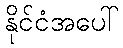
နိုင်ငံအပေါ်